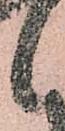
候